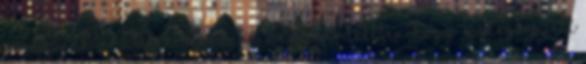
a magunk területén „mindent” annak érdeké­ben, hogy „a megbeszélt